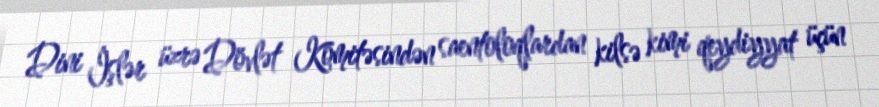
Dini İşlər üzrə Dövlət Komitəsindən saentoloqlardan kilsə kimi qeydiyyat üçün